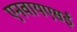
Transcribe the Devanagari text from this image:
एनवायएसई